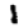
Digit: 1